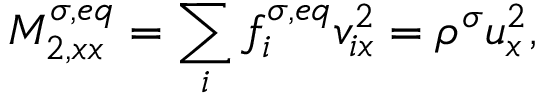
M _ { 2 , x x } ^ { \sigma , e q } = \sum _ { i } f _ { i } ^ { \sigma , e q } v _ { i x } ^ { 2 } = \rho ^ { \sigma } u _ { x } ^ { 2 } ,